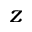
z